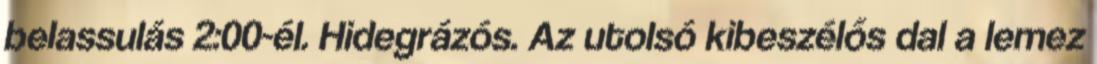
belassulás 2:00-él. Hidegrázós. Az utolsó kibeszélős dal a lemez